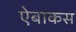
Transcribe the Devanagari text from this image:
ऐबाकस